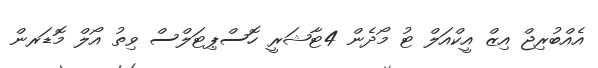
އެއްބުރިޖް އިޒް އީކްއަލް ޓު މޯދެން 4ޓާޝަރީ ހޮސްޕިޓަލްސް ވިތު އޯލް މޮޑަރން